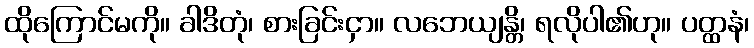
ထိုကြောင်မကို။ ခါဒိတုံ၊ စားခြင်းငှာ။ လဘေယျန္တိ၊ ရလိုပါ၏ဟု။ ပတ္ထနံ၊